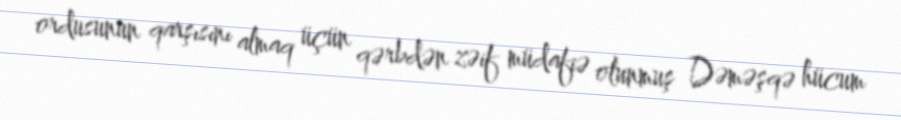
ordusunun qarşısını almaq üçün qərbdən zəif müdafiə olunmuş Dəməşqə hücum